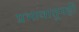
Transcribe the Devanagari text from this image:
प्रभावातूनही